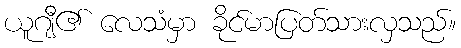
ယူဂျီ၏ လေသံမှာ ခိုင်မာပြတ်သားလှသည်။